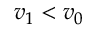
v _ { 1 } < v _ { 0 }